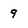
Character: 9